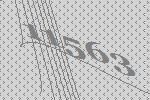
11563